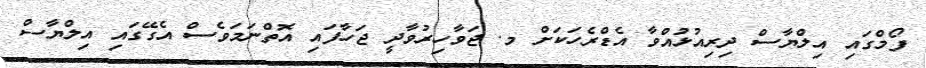
ފޯމްގައި އިލްޔާސް ދިރިއުޅުއްވާ އެޑްރެހަކަށް މ. ޖަވާހިރުވާދީ ޖަހާފައި އޮތްނަމަވެސް އެގޭގައި އިލްޔާސް